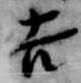
吉